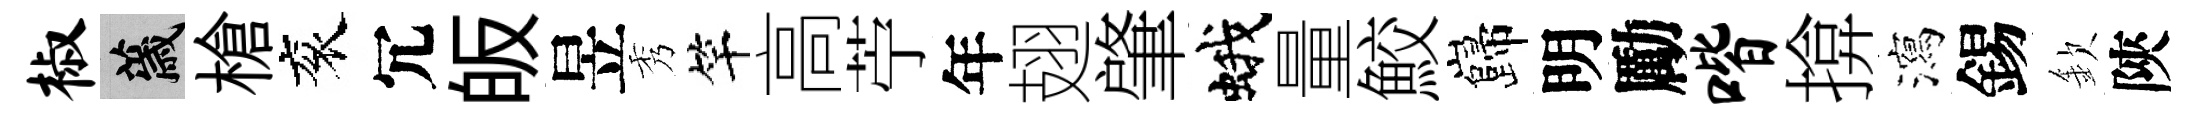
椒薉槍衮冗皈昱秀竿高苧年翅肇蛾量鮫巋明勵喈揜瀉錫欽陝